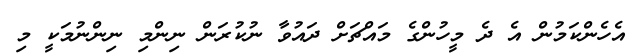
އެހެންކަމުން އެ ދެ މީހުންގެ މައްޗަށް ދައުވާ ނުކުރަން ނިންމި ނިންނުމަކީ މި